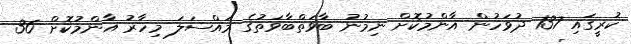
ކުރީގައި 137 ދުވަހުން އާންމުކޮށް ނިމުނު ބާވަތްބާވަތުގެ މައްސަލަ މިހާރު އާންމުކޮށް 36